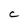
Character: C